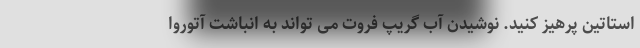
استاتین پرهیز کنید. نوشیدن آب گریپ فروت می تواند به انباشت آتوروا